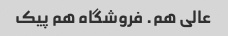
عالی هم. فروشگاه هم پیک